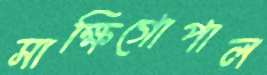
সাক্ষিগোপাল